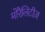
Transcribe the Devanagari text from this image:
मोरैलिटीज़